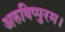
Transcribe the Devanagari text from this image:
अरुविप्पुरम।